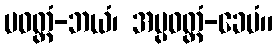
ပဝတ္တံ-ဘယံ၊ အပ္ပဝတ္တံ-ခေမံ။